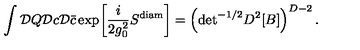
\int { \cal D } Q { \cal D } c { \cal D } { \bar { c } } \exp \! \left[ \frac { i } { 2 g _ { 0 } ^ { 2 } } S ^ { \mathrm { d i a m } } \right] = \left( \mathrm { d e t } ^ { - 1 / 2 } D ^ { 2 } [ B ] \right) ^ { D - 2 } .